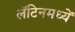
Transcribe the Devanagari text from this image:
लॅटिनमध्यें